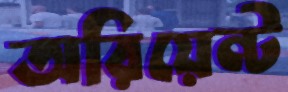
অরিয়েন্ট